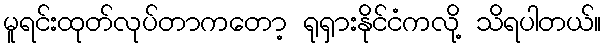
မူရင်းထုတ်လုပ်တာကတော့ ရုရှားနိုင်ငံကလို့ သိရပါတယ်။